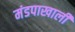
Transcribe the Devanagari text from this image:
मंडपाखाली